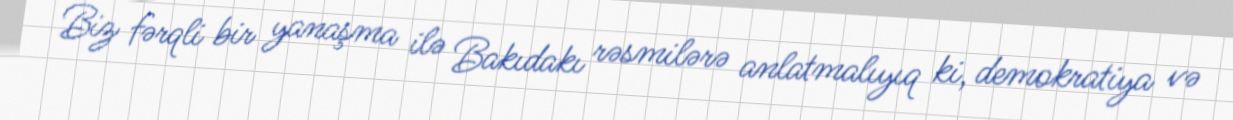
Biz fərqli bir yanaşma ilə Bakıdakı rəsmilərə anlatmalıyıq ki, demokratiya və